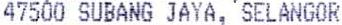
47500 SUBANG JAYA, SELANGOR